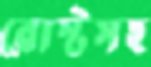
রোস্টসহ